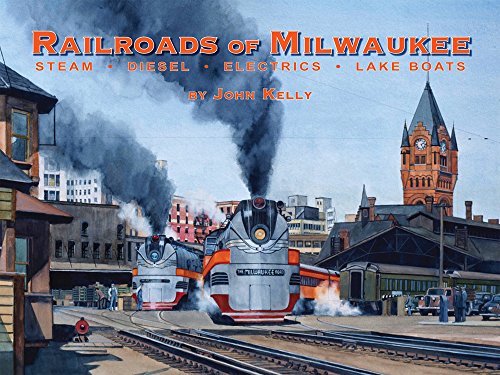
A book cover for Railroads of Milwaukee: Steam - Diesel - Electrics - Lake Boats; John Kelly; Engineering & Transportation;